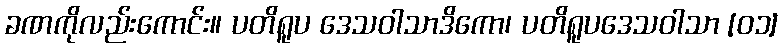
ခဏကိုလည်းကောင်း။ ပတိရူပ ဒေသဝါသာဒိကော၊ ပတိရူပဒေသဝါသာ [၀၁]